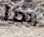
ربما